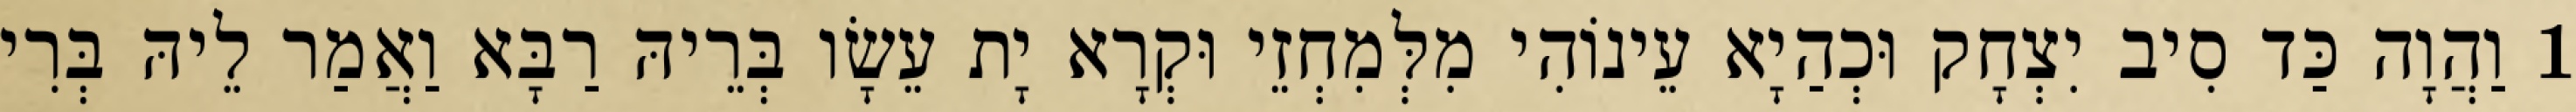
1 וַהֲוָה כַּד סִיב יִצְחָק וּכְהַיָא עֵינוֹהִי מִלְּמִחְזֵי וּקְרָא יָת עֵשָׂו בְּרֵיהּ רַבָּא וַאֲמַר לֵיהּ בְּרִי